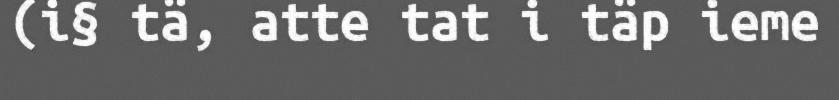
(i§ tä, atte tat i täp ieme